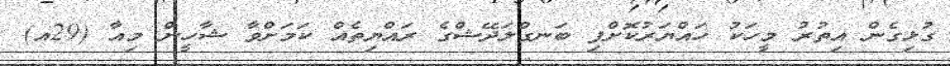
ގުޅިގެން އިތުރު މީހަކު ހައްޔަރުކޮށްފި ބަނގްލަދޭޝްގެ ރައްޔިތެއް ކަމަށްވާ ޝާހީން މިއާ (29އ)